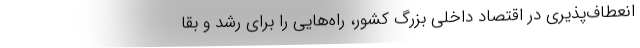
انعطاف‌پذیری در اقتصاد داخلی بزرگ کشور، راه‌هایی را برای رشد و بقا